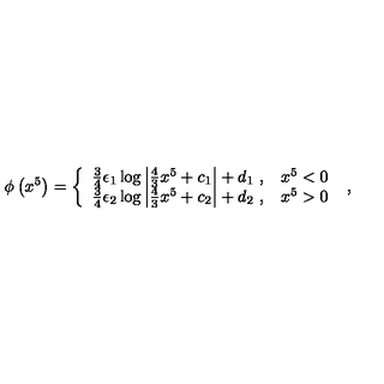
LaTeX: \phi \left( x ^ { 5 } \right) = \left\{ \begin{array} { l l } { \frac { 3 } { 4 } \epsilon _ { 1 } \log \left| \frac { 4 } { 3 } x ^ { 5 } + c _ { 1 } \right| + d _ { 1 } \ , } & { x ^ { 5 } < 0 } \\ { \frac { 3 } { 4 } \epsilon _ { 2 } \log \left| \frac { 4 } { 3 } x ^ { 5 } + c _ { 2 } \right| + d _ { 2 } \ , } & { x ^ { 5 } > 0 } \\ \end{array} \right. \ ,